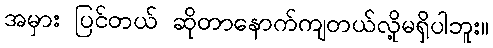
အမှား ပြင်တယ် ဆိုတာနောက်ကျတယ်လို့မရှိပါဘူး။